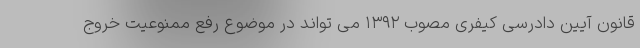
قانون آیین دادرسی کیفری مصوب ۱۳۹۲ می تواند در موضوع رفع ممنوعیت خروج